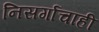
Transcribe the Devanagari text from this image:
निसर्गाचाही